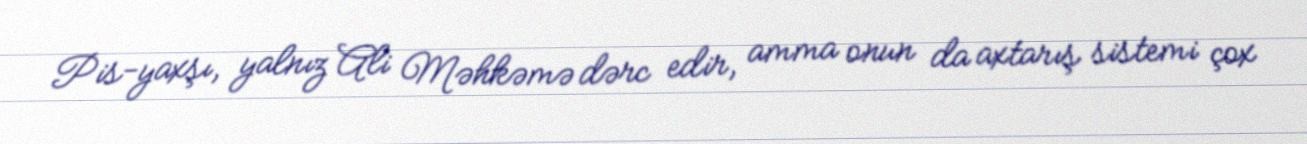
Pis-yaxşı, yalnız Ali Məhkəmə dərc edir, amma onun da axtarış sistemi çox